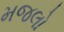
મજલો